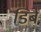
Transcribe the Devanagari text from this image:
डिबे